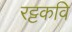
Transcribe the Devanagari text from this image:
रट्टकवि